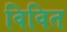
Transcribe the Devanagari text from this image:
विवित